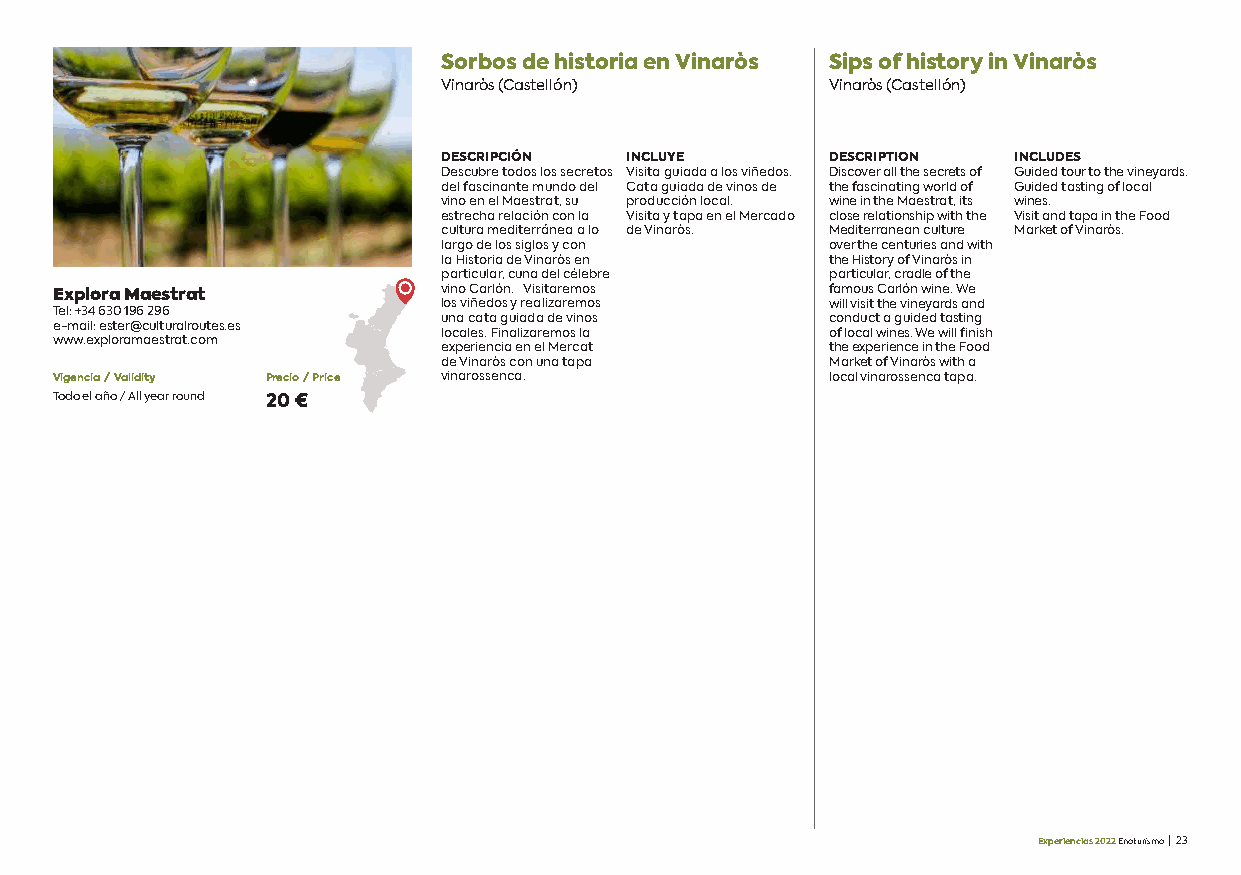
Sorbos de historia en Vinaròs Sips of history in Vinaròs
 Vinaròs (Castellón)       Vinaròs (Castellón)
 DESCRIPCIÓN INCLUYE       DESCRIPTION INCLUDES
 Descubre todos los secretos Visita guiada a los viñedos. Discover all the secrets of Guided tour to the vineyards.
 del fascinante mundo del Cata guiada de vinos de the fascinating world of Guided tasting of local
 vino en el Maestrat, su producción local. wine in the Maestrat, its wines.
 estrecha relación con la Visita y tapa en el Mercado close relationship with the Visit and tapa in the Food
 cultura mediterránea a lo de Vinaròs. Mediterranean culture Market of Vinaròs.
 largo de los siglos y con over the centuries and with
 la Historia de Vinaròs en the History of Vinaròs in
 particular, cuna del célebre particular, cradle of the
 Explora Maestrat         vino Carlón. Visitaremos  famous Carlón wine. We
 los viñedos y realizaremos will visit the vineyards and
 Tel: +34 630 196 296
 una cata guiada de vinos  conduct a guided tasting
 e-mail: ester@culturalroutes.es
 locales. Finalizaremos la of local wines. We will finish
 www.exploramaestrat.com
 experiencia en el Mercat  the experience in the Food
 de Vinaròs con una tapa   Market of Vinaròs with a
 Vigencia / Validity Precio / Price vinarossenca.   local vinarossenca tapa.
 Todo el año / All year round 20 €
 Experiencias 2022 Enoturismo | 23